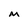
Character: M